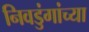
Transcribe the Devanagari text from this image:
निवडुंगांच्या